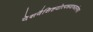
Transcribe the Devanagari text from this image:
देशवैशिष्टयोत्पन्नवाच्यसंभवा